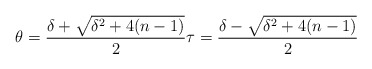
\begin{align*}\theta = \frac{\delta + \sqrt{\delta^2 + 4(n-1)}}{2} \tau = \frac{\delta - \sqrt{\delta^2 + 4(n-1)}}{2} \end{align*}